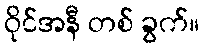
ဝိုင်အနီ တစ် ခွက်။